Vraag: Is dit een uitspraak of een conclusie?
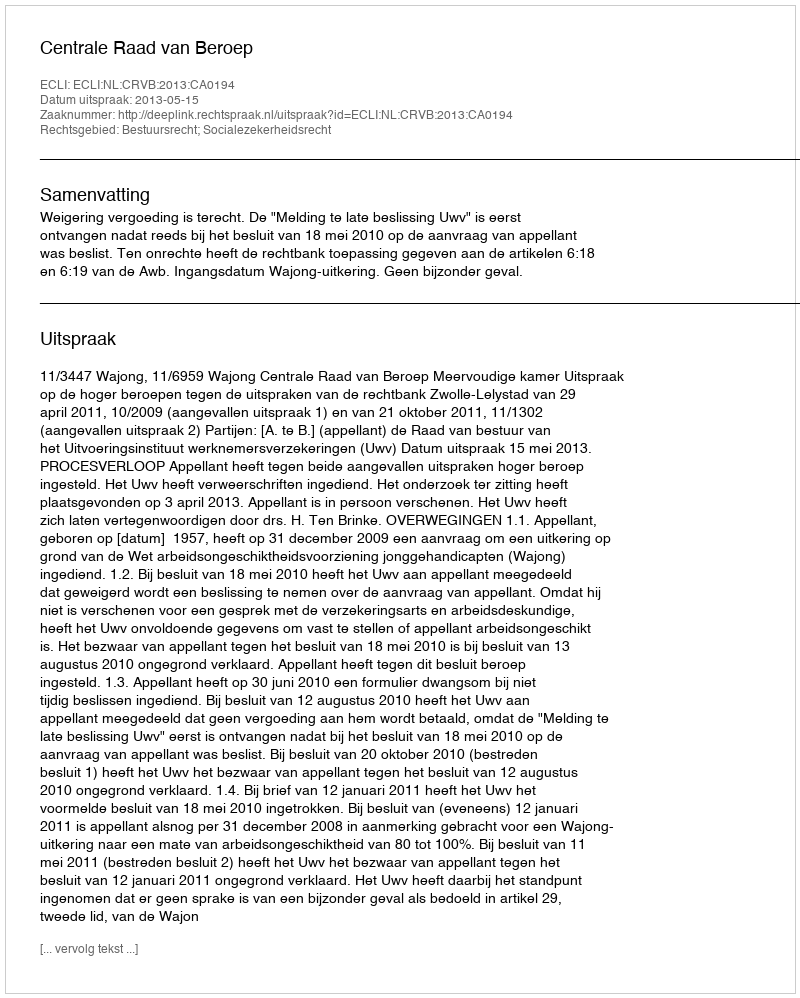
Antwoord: Uitspraak